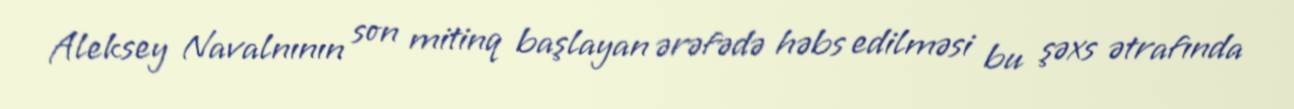
Aleksey Navalnının son mitinq başlayan ərəfədə həbs edilməsi bu şəxs ətrafında